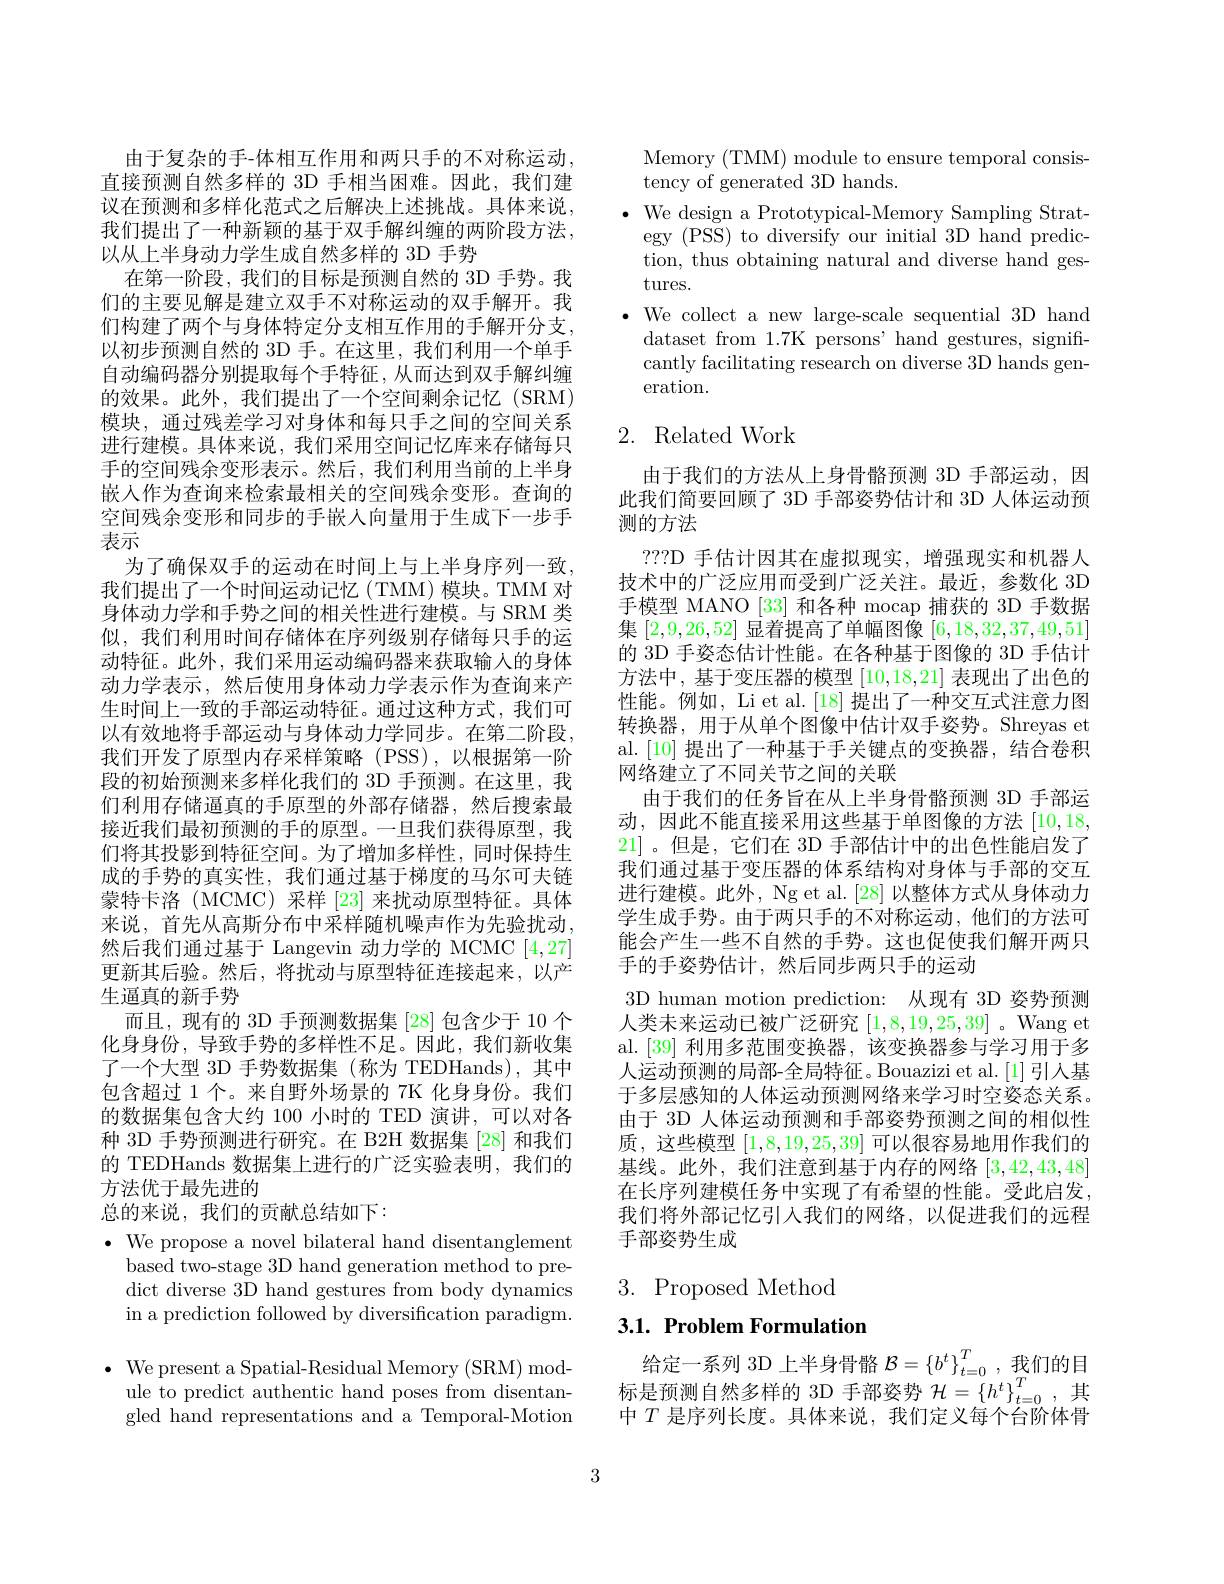
由于复杂的手-体相互作用和两只手的不对称运动， 直接预测自然多样的 3D 手相当困难。因此，我们建议在预测和多样化范式之后解决上述挑战。具体来说， 我们提出了一种新颖的基于双手解纠缠的两阶段方法， 以从上半身动力学生成自然多样的 3D 手势
在第一阶段，我们的目标是预测自然的 3D 手势。我们的主要见解是建立双手不对称运动的双手解开。我们构建了两个与身体特定分支相互作用的手解开分支， 以初步预测自然的 3D 手。在这里，我们利用一个单手自动编码器分别提取每个手特征，从而达到双手解纠缠的效果。此外，我们提出了一个空间剩余记忆(SRM) 模块，通过残差学习对身体和每只手之间的空间关系进行建模。具体来说，我们采用空间记忆库来存储每只手的空间残余变形表示。然后，我们利用当前的上半身嵌人作为查询来检索最相关的空间残余变形。查询的空间残余变形和同步的手嵌人向量用于生成下一步手表示
为了确保双手的运动在时间上与上半身序列一致。我们提出了一个时间运动记忆(TMM)模块。TMM 对身体动力学和手势之间的相关性进行建模。与 SRM 类似，我们利用时间存储体在序列级别存储每只手的运动特征。此外，我们采用运动编码器来获取输入的身体动力学表示，然后使用身体动力学表示作为查询来产生时间上一致的手部运动特征。通过这种方式，我们可以有效地将手部运动与身体动力学同步。在第二阶段， 我们开发了原型内存采样策略(PSS),以根据第一阶段的初始预测来多样化我们的 3D 手预测。在这里，我们利用存储逼真的手原型的外部存储器，然后搜索最接近我们最初预测的手的原型。一旦我们获得原型，我们将其投影到特征空间。为了增加多样性，同时保持生成的手势的真实性，我们通过基于梯度的马尔可夫链蒙特卡洛 (MCMC)采样 [23] 来扰动原型特征。具体来说，首先从高斯分布中采样随机噪声作为先验扰动， 然后我们通过基于 Langevin 动力学的 MCMC [4,27] 更新其后验。然后，将扰动与原型特征连接起来，以产生逼真的新手势
而且，现有的 3D 手预测数据集 [28] 包含少于 10 个化身身份，导致手势的多样性不足。因此，我们新收集了一个大型 3D 手势数据集 (称为 TEDHands),其中包含超过 1 个。来自野外场景的 7K 化身身份。我们的数据集包含大约 100 小时的 TED 演讲，可以对各种 3D 手势预测进行研究。在 B2H 数据集 [28] 和我们的 TEDHands 数据集上进行的广泛实验表明，我们的方法优于最先进的
总的来说，我们的贡献总结如下：
$\cdot$ We propose a novel bilateral hand disentanglement
based two-stage 3D hand generation method to pre-

dict diverse 3D hand gestures from body dynamics in a prediction followed by diversification paradigm.
$\bullet$ We present a Spatial-Residual Memory (SRM) mod-
ule to predict authentic hand poses from disentangled hand representations and a Temporal-Motion

Memory (TMM) module to ensure temporal consis-
tency of generated 3D hands.
$\bullet$ We design a Prototypical-Memory Sampling Strat-
egy (PSS) to diversify our initial 3D hand prediction, thus obtaining natural and diverse hand gestures.
$\bullet$ We collect a new large-scale sequential 3D hand
dataset from 1.7K persons' hand gestures, significantly facilitating research on diverse 3D hands generation.

# 2. Related Work

由于我们的方法从上身骨骼预测 3D 手部运动，因此我们简要回顾了 3D 手部姿势估计和 3D 人体运动预测的方法
???D 手估计因其在虚拟现实，增强现实和机器人技术中的广泛应用而受到广泛关注。最近，参数化 3D 手模型 MANO [33]和各种 mocap 捕获的 3D 手数据集[2,9,26,52]显着提高了单幅图像[6,18,32,37,49,51] 的 3D 手姿态估计性能。在各种基于图像的 3D 手估计方法中，基于变压器的模型[10,18,21]表现出了出色的性能。例如，Li et al.[18] 提出了一种交互式注意力图转换器，用于从单个图像中估计双手姿势。Shreyas et al. [10]提出了一种基于手关键点的变换器，结合卷积网络建立了不同关节之间的关联
由于我们的任务旨在从上半身骨骼预测 3D 手部运动，因此不能直接采用这些基于单图像的方法[10,18, 21]。但是，它们在 3D 手部估计中的出色性能启发了我们通过基于变压器的体系结构对身体与手部的交互进行建模。此外，Ng et al. [28]以整体方式从身体动力学生成手势。由于两只手的不对称运动，他们的方法可能会产生一些不自然的手势。这也促使我们解开两只手的手姿势估计，然后同步两只手的运动
3D human motion prediction: 从现有 3D 姿势预测人类未来运动已被广泛研究[1,8,19,25,39] 。Wang et al.[39] 利用多范围变换器，该变换器参与学习用于多人运动预测的局部-全局特征。Bouazizi et al.[1] 引人基于多层感知的人体运动预测网络来学习时空姿态关系。由于 3D 人体运动预测和手部姿势预测之间的相似性质，这些模型[1,8,19,25,39]可以很容易地用作我们的基线。此外，我们注意到基于内存的网络[3,42,43,48] 在长序列建模任务中实现了有希望的性能。受此启发我们将外部记忆引入我们的网络，以促进我们的远程手部姿势生成

3. Proposed Method

3.1. Problem Formulation

给定一系列 3D 上半身骨骼$\mathcal{B}=\left\{b^t\right\}_{t=0}^T$,我们的目标是预测自然多样的 3D 手部姿势$\mathcal{H}=\left\{h^t\right\}_{t=0}^T$,其中$T$是序列长度。具体来说，我们定义每个台阶体骨

3